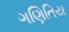
ગણિતિય